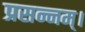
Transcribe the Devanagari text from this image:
प्रसन्नम्‌।